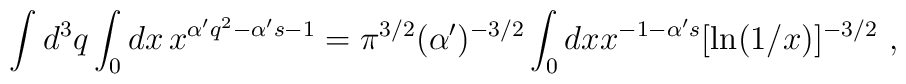
\int d^3 q \int_0 dx \,x^{\alpha' q^2 - \alpha' s - 1} = \pi^{3/2}(\alpha')^{-3/2} \int_0 dx  x^{-1-\alpha' s} [\ln (1/x)]^{-3/2}\ ,